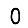
Digit: 0